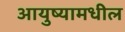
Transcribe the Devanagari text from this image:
आयुष्यामधील